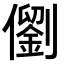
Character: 𪝵